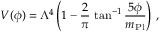
V ( \phi ) = \Lambda ^ { 4 } \left( 1 - \frac { 2 } { \pi } \, \tan ^ { - 1 } \frac { 5 \phi } { m _ { \mathrm { P l } } } \right) \, ,